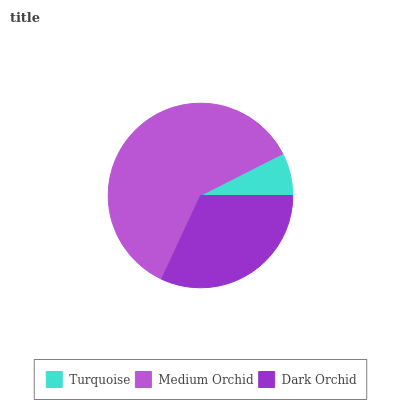
| Turquoise | Medium Orchid | Dark Orchid |
 | --- | --- | --- |
 | 7.47% | 60.6% | 32% |